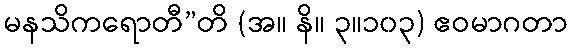
မနသိကရောတီ”တိ (အ။ နိ။ ၃။၁၀၃) ဧဝမာဂတာ